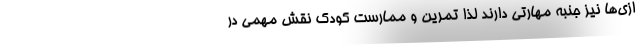
ازی‌ها نیز جنبه مهارتی دارند لذا تمرین و ممارست کودک نقش مهمی در